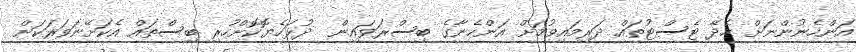
އަންހެނުންނަށް ހެދޭ ޓެސްޓުތައް ދަރިމައިވުމަށް އަންހެނާގެ ބިސްރަވައިން  ދުޅަހެޔޮކޮށްހުރި ބިސްތައް އެކަށޭނަވަރަކަށް